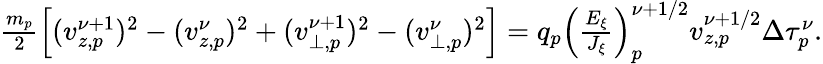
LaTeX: \begin{array}{r}{\frac{m_{p}}{2}\left[(v_{z,p}^{\nu+1})^{2}-(v_{z,p}^{\nu})^{2}+(v_{\perp,p}^{\nu+1})^{2}-(v_{\perp,p}^{\nu})^{2}\right]=q_{p}\left(\frac{E_{\xi}}{J_{\xi}}\right)_{p}^{\nu+1/2}v_{z,p}^{\nu+1/2}{\Delta\tau_{p}^{\nu}}.}\end{array}